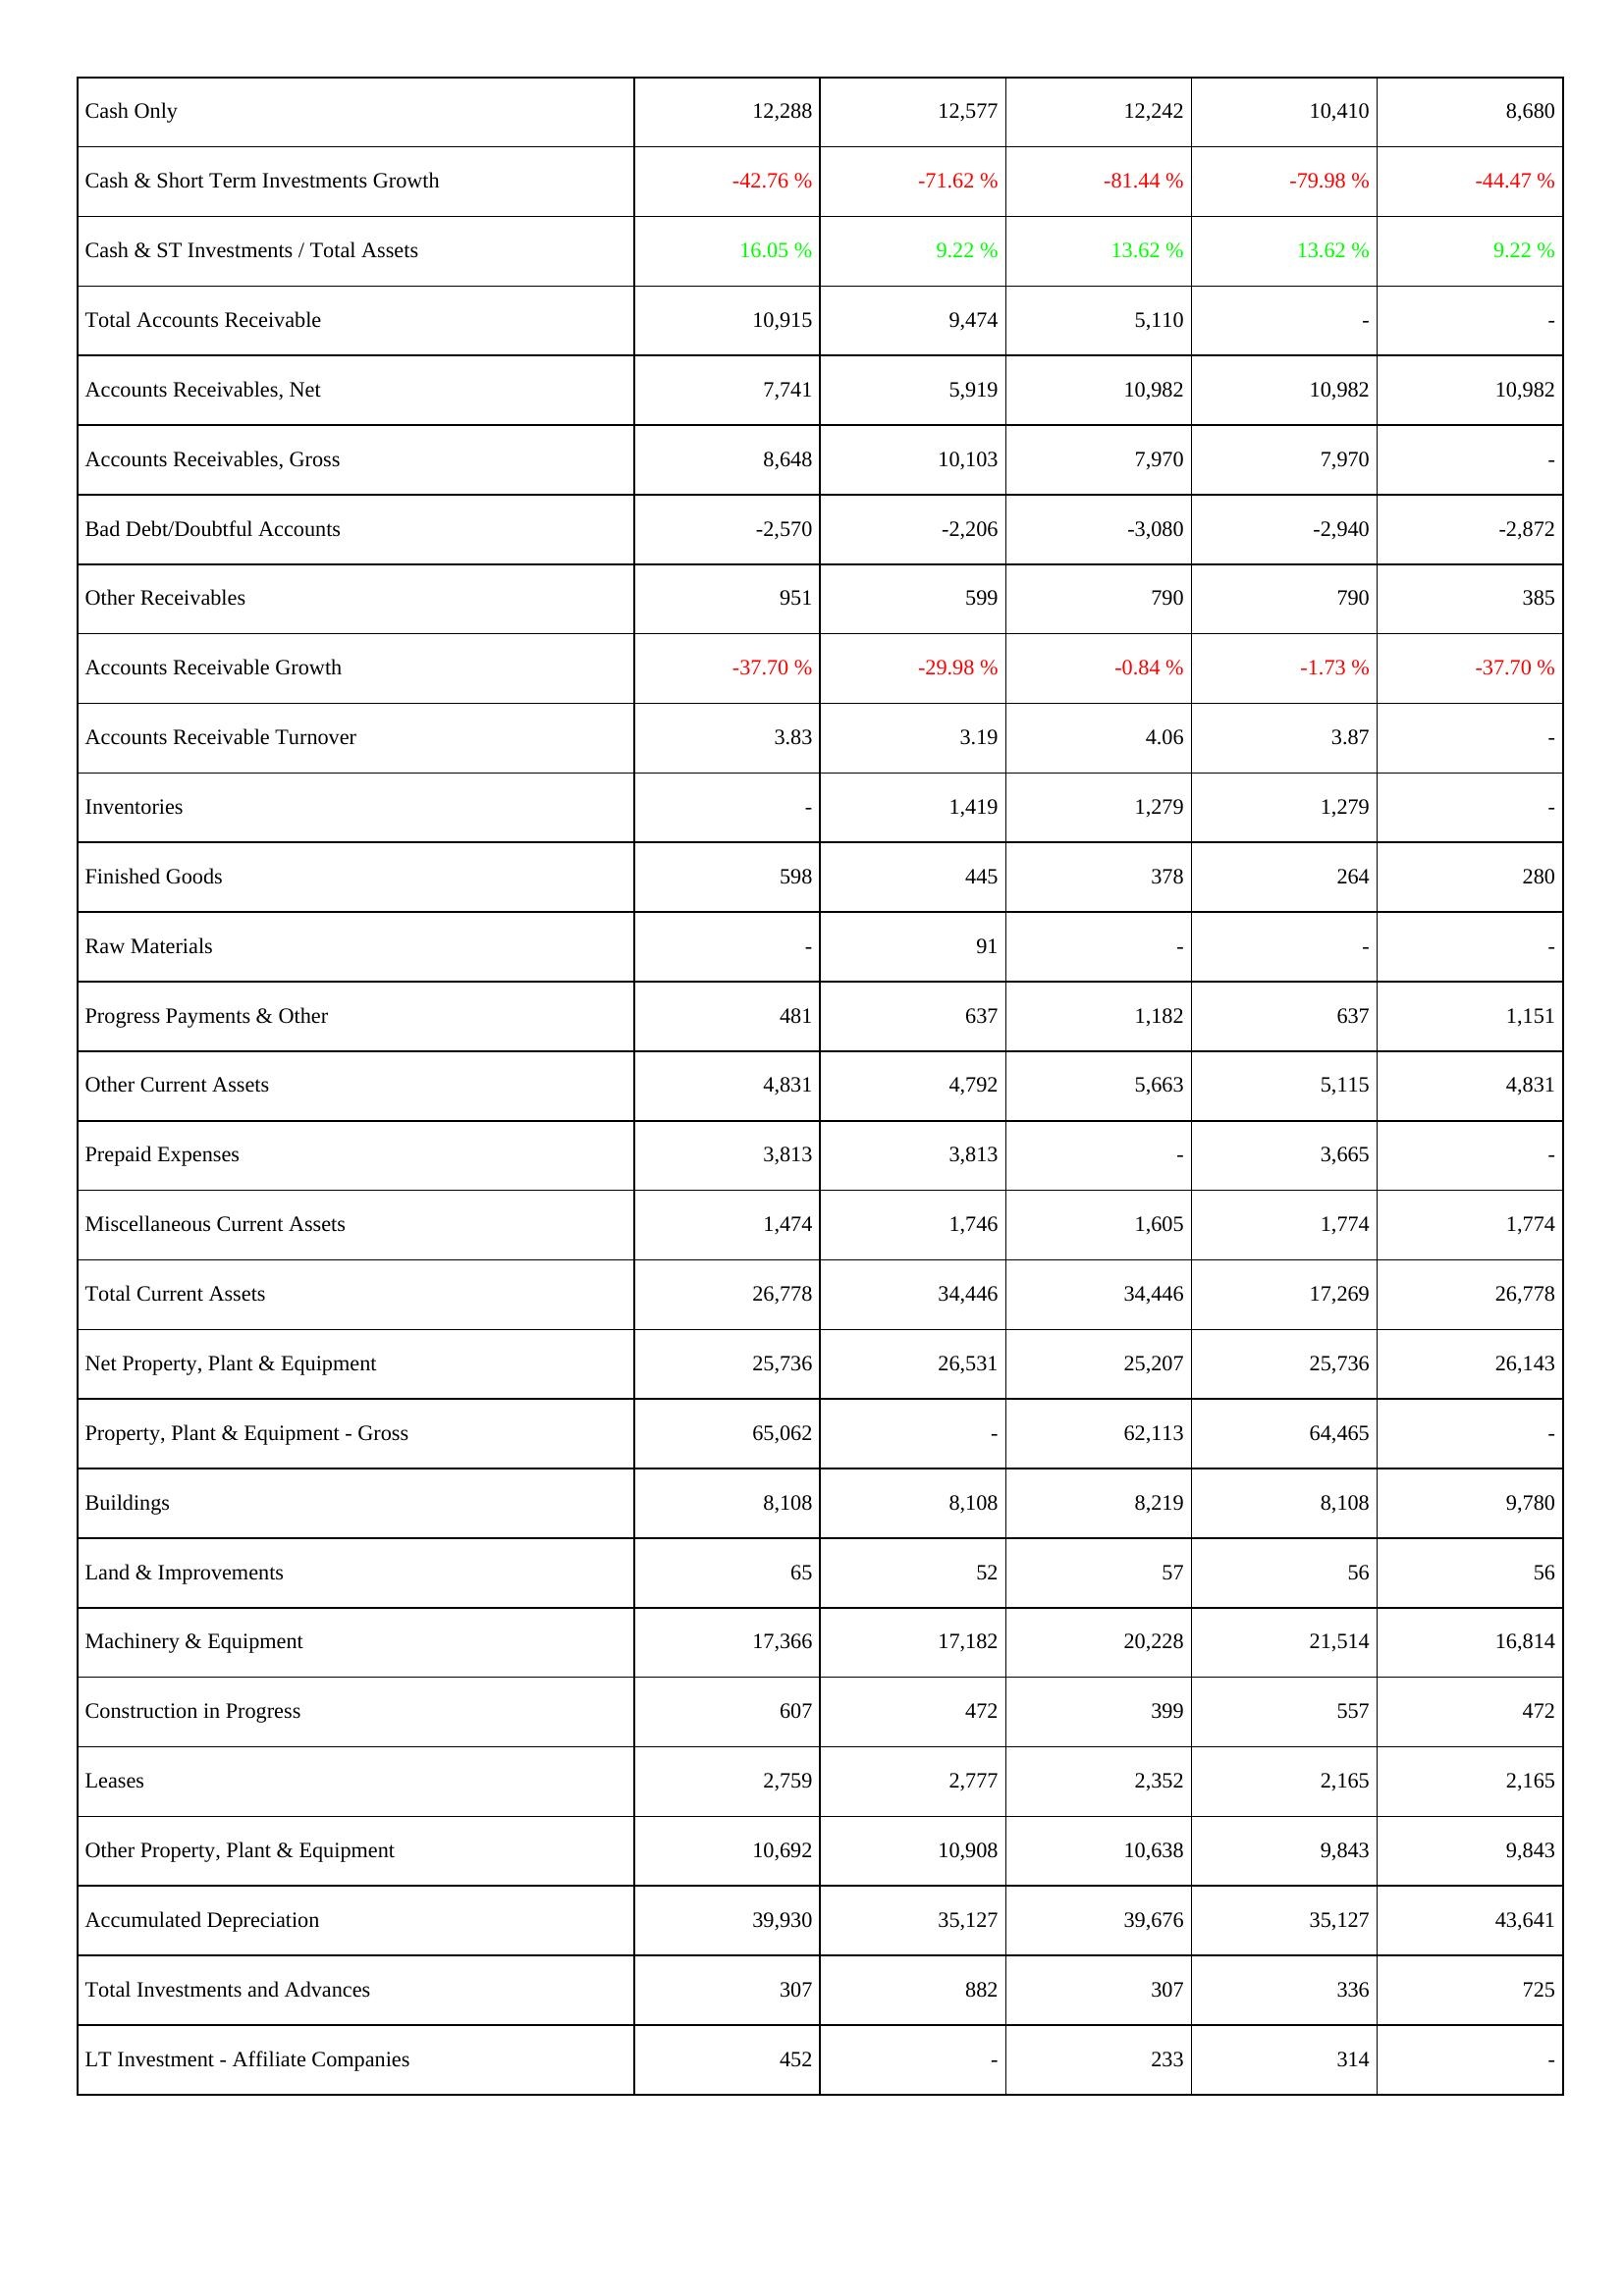
2026: Assets: Cash Only: 12,288
Cash & Short Term Investments Growth: -42.76 %
Cash & ST Investments / Total Assets: 16.05 %
Total Accounts Receivable: 10,915
Accounts Receivables, Net: 7,741
Accounts Receivables, Gross: 8,648
Bad Debt/Doubtful Accounts: -2,570
Other Receivables: 951
Accounts Receivable Growth: -37.70 %
Accounts Receivable Turnover: 3.83
Inventories: -
Finished Goods: 598
Raw Materials: -
Progress Payments & Other: 481
Other Current Assets: 4,831
Prepaid Expenses: 3,813
Miscellaneous Current Assets: 1,474
Total Current Assets: 26,778
Net Property, Plant & Equipment: 25,736
Property, Plant & Equipment - Gross: 65,062
Buildings: 8,108
Land & Improvements: 65
Machinery & Equipment: 17,366
Construction in Progress: 607
Leases: 2,759
Other Property, Plant & Equipment: 10,692
Accumulated Depreciation: 39,930
Total Investments and Advances: 307
LT Investment - Affiliate Companies: 452
2025: Assets: Cash Only: 12,577
Cash & Short Term Investments Growth: -71.62 %
Cash & ST Investments / Total Assets: 9.22 %
Total Accounts Receivable: 9,474
Accounts Receivables, Net: 5,919
Accounts Receivables, Gross: 10,103
Bad Debt/Doubtful Accounts: -2,206
Other Receivables: 599
Accounts Receivable Growth: -29.98 %
Accounts Receivable Turnover: 3.19
Inventories: 1,419
Finished Goods: 445
Raw Materials: 91
Progress Payments & Other: 637
Other Current Assets: 4,792
Prepaid Expenses: 3,813
Miscellaneous Current Assets: 1,746
Total Current Assets: 34,446
Net Property, Plant & Equipment: 26,531
Property, Plant & Equipment - Gross: -
Buildings: 8,108
Land & Improvements: 52
Machinery & Equipment: 17,182
Construction in Progress: 472
Leases: 2,777
Other Property, Plant & Equipment: 10,908
Accumulated Depreciation: 35,127
Total Investments and Advances: 882
LT Investment - Affiliate Companies: -
2024: Assets: Cash Only: 12,242
Cash & Short Term Investments Growth: -81.44 %
Cash & ST Investments / Total Assets: 13.62 %
Total Accounts Receivable: 5,110
Accounts Receivables, Net: 10,982
Accounts Receivables, Gross: 7,970
Bad Debt/Doubtful Accounts: -3,080
Other Receivables: 790
Accounts Receivable Growth: -0.84 %
Accounts Receivable Turnover: 4.06
Inventories: 1,279
Finished Goods: 378
Raw Materials: -
Progress Payments & Other: 1,182
Other Current Assets: 5,663
Prepaid Expenses: -
Miscellaneous Current Assets: 1,605
Total Current Assets: 34,446
Net Property, Plant & Equipment: 25,207
Property, Plant & Equipment - Gross: 62,113
Buildings: 8,219
Land & Improvements: 57
Machinery & Equipment: 20,228
Construction in Progress: 399
Leases: 2,352
Other Property, Plant & Equipment: 10,638
Accumulated Depreciation: 39,676
Total Investments and Advances: 307
LT Investment - Affiliate Companies: 233
2023: Assets: Cash Only: 10,410
Cash & Short Term Investments Growth: -79.98 %
Cash & ST Investments / Total Assets: 13.62 %
Total Accounts Receivable: -
Accounts Receivables, Net: 10,982
Accounts Receivables, Gross: 7,970
Bad Debt/Doubtful Accounts: -2,940
Other Receivables: 790
Accounts Receivable Growth: -1.73 %
Accounts Receivable Turnover: 3.87
Inventories: 1,279
Finished Goods: 264
Raw Materials: -
Progress Payments & Other: 637
Other Current Assets: 5,115
Prepaid Expenses: 3,665
Miscellaneous Current Assets: 1,774
Total Current Assets: 17,269
Net Property, Plant & Equipment: 25,736
Property, Plant & Equipment - Gross: 64,465
Buildings: 8,108
Land & Improvements: 56
Machinery & Equipment: 21,514
Construction in Progress: 557
Leases: 2,165
Other Property, Plant & Equipment: 9,843
Accumulated Depreciation: 35,127
Total Investments and Advances: 336
LT Investment - Affiliate Companies: 314
2022: Assets: Cash Only: 8,680
Cash & Short Term Investments Growth: -44.47 %
Cash & ST Investments / Total Assets: 9.22 %
Total Accounts Receivable: -
Accounts Receivables, Net: 10,982
Accounts Receivables, Gross: -
Bad Debt/Doubtful Accounts: -2,872
Other Receivables: 385
Accounts Receivable Growth: -37.70 %
Accounts Receivable Turnover: -
Inventories: -
Finished Goods: 280
Raw Materials: -
Progress Payments & Other: 1,151
Other Current Assets: 4,831
Prepaid Expenses: -
Miscellaneous Current Assets: 1,774
Total Current Assets: 26,778
Net Property, Plant & Equipment: 26,143
Property, Plant & Equipment - Gross: -
Buildings: 9,780
Land & Improvements: 56
Machinery & Equipment: 16,814
Construction in Progress: 472
Leases: 2,165
Other Property, Plant & Equipment: 9,843
Accumulated Depreciation: 43,641
Total Investments and Advances: 725
LT Investment - Affiliate Companies: -